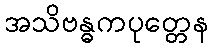
အသိဗန္ဓကပုတ္တေန